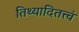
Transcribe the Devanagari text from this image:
तिथ्यादितत्त्वं